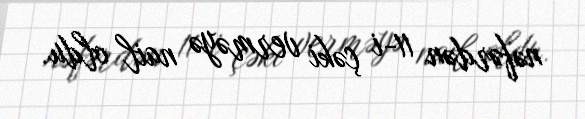
nəfərdən 11-i çəki verməyə nail oldu.